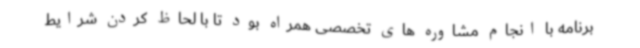
برنامه با انجام مشاوره های تخصصی همراه بود تا با لحاظ کردن شرایط